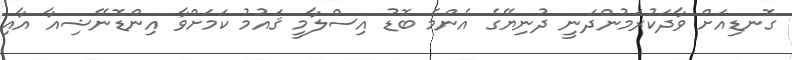
ގޮނޑިއަށް ވާދަކުރަމުންދަނީ ދުނިޔޭގެ އެންމެ ބޮޑު އިސްލާމީ ޤައުމު ކަމަށްވާ އިންޑޮނޭޝިއާ އާއި